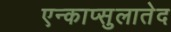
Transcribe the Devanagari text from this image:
एन्काप्सुलातेद